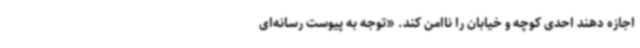
اجازه دهند احدی کوچه و خیابان را ناامن کند. «توجه به پیوست رسانه‌ای